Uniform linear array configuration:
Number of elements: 64
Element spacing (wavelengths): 1
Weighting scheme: cosine
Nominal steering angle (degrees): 45
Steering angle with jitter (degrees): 46.202
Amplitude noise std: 0.05
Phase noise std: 0.05

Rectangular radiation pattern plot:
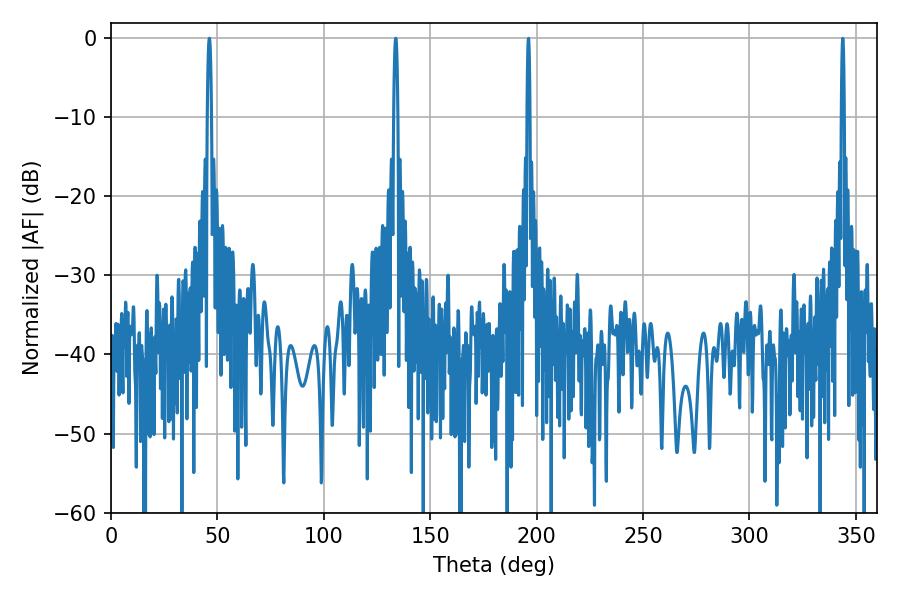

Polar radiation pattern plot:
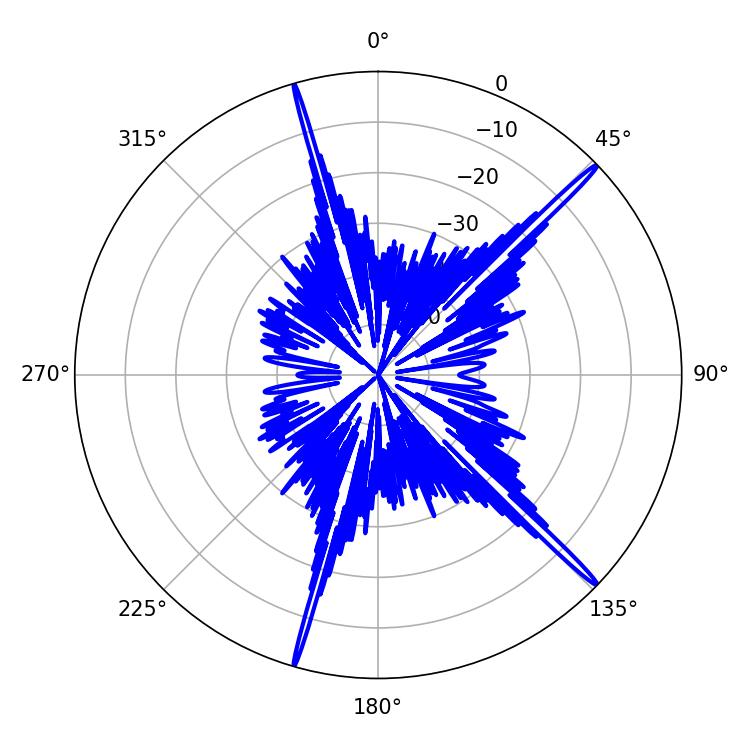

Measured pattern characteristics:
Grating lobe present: TRUE
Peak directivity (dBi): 19.231
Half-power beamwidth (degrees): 1.08
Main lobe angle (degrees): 46.26